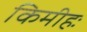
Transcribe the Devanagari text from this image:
किमीहः